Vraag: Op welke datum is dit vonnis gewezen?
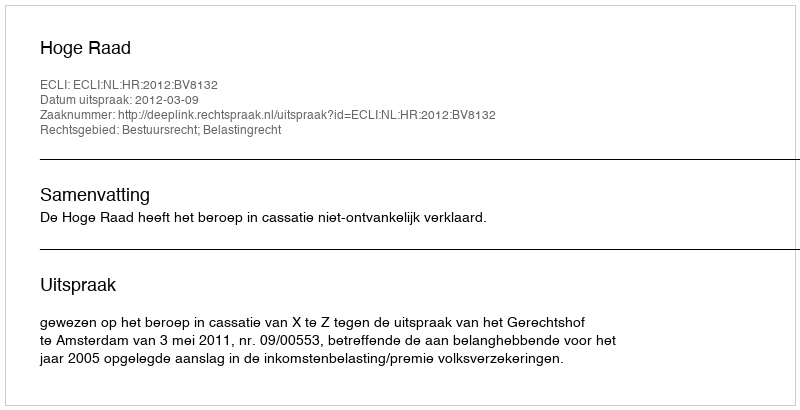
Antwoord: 2012-03-09